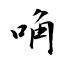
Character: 唃